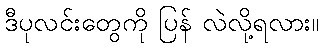
ဒီပုလင်းတွေကို ပြန် လဲလို့ရလား။